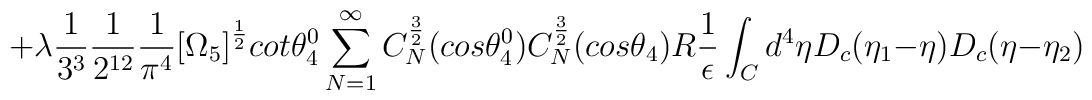
\hspace{0.5in}+\lambda\frac{1}{3^3}\frac{1}{2^{12}}\frac{1}{\pi^4}\big{[}\Omega_5\big{]}^{\frac{1}{2}}cot{\theta_4^0}\sum_{N=1}^{\infty}C_N^{\frac{3}{2}}(cos{\theta_4^0})C_N^{\frac{3}{2}}(cos{\theta_4})R\frac{1}{\epsilon}\int_Cd^4\eta D_c(\eta_1 - \eta)D_c(\eta - \eta_2)